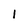
Character: 1